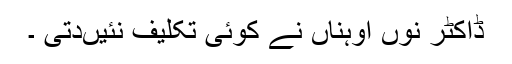
ڈاکٹر نوں اوہناں نے کوئی تکلیف نئیںدتی ۔